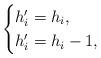
LaTeX: \begin{align*} \begin{cases} h_i' = h_i, & \\ h_i' = h_i-1,& \end{cases} \end{align*}